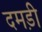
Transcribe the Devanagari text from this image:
दमड़ी